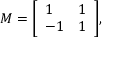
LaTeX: M = { \left[ \begin{array} { l l } { 1 } & { 1 } \\ { - 1 } & { 1 } \end{array} \right] } ,